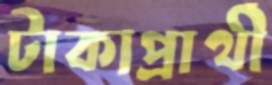
টাকাপ্রার্থী